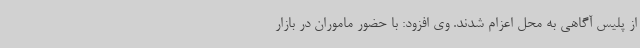
از پلیس آگاهی به محل اعزام شدند. وی افزود: با حضور ماموران در بازار